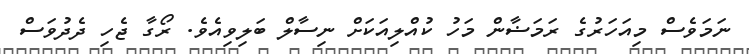
ނަމަވެސް މިއަހަރުގެ ރަމަޟާން މަހު ކުއްލިއަކަށް ނިސާލް ބަލިވިއެވެ. ރޯގާ ޖެހި ދެދުވަސް